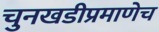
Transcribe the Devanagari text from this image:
चुनखडीप्रमाणेच